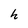
Character: h